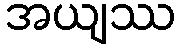
အယျဿ